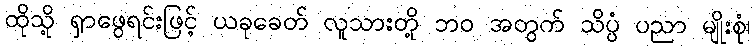
ထိုသို့ ရှာဖွေရင်းဖြင့် ယခုခေတ် လူသားတို့ ဘဝ အတွက် သိပ္ပံ ပညာ မျိုးစုံ၊